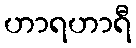
ဟာရဟာရီ